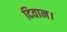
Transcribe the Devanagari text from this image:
दिवान।